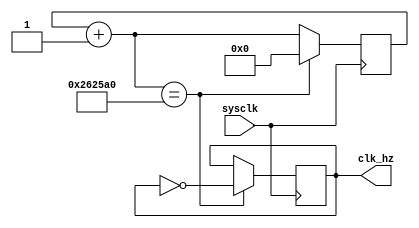
`timescale 1ns / 1ps
//////////////////////////////////////////////////////////////////////////////////
// Company: 
// Engineer: 
// 
// Design Name: 
// Module Name: get_2hz
// Project Name: 
// Target Devices: 
// Tool Versions: 
// Description: 
// 
// Dependencies: 
// 
// Revision:
// Revision 0.01 - File Created
// Additional Comments:
// 
//////////////////////////////////////////////////////////////////////////////////


module get_20hz(input sysclk,
output clk_hz
    );
     reg clk_hz1;
    reg [31:0]cnt;
    initial 
    begin
    cnt<=0;
    clk_hz1<=0;
    end
    always @(posedge sysclk)
    begin
    cnt=cnt+1;
    if (cnt==2500000) //2500000
        begin
        clk_hz1=~clk_hz1;
        cnt=0;
        end
    end
    assign clk_hz=clk_hz1;
endmodule